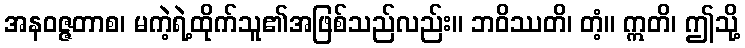
အနဝဇ္ဇတာစ၊ မကဲ့ရဲ့ထိုက်သူ၏အဖြစ်သည်လည်း။ ဘဝိဿတိ၊ တံ့။ ဣတိ၊ ဤသို့